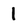
Character: 1